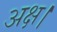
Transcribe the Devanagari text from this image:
अक्ष।